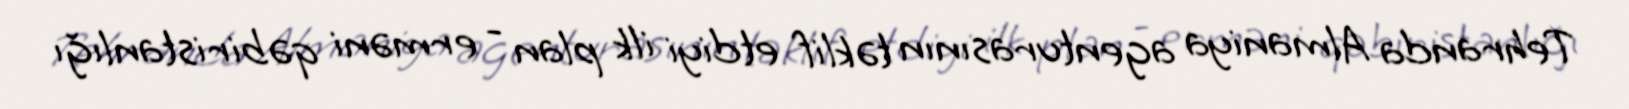
Tehranda Almaniya agenturasının təklif etdiyi ilk plan - erməni qəbiristanlığı